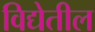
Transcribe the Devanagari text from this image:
विद्येतील